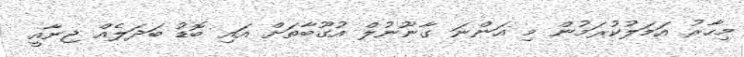
މިހާރު އަމަލުކުރަމުން މި އަންނަ ގާނޫނުލް އުގޫބާތަށް އައި ބޮޑު ބަދަލެއް ޖިނާއީ